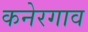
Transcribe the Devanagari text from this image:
कनेरगाव